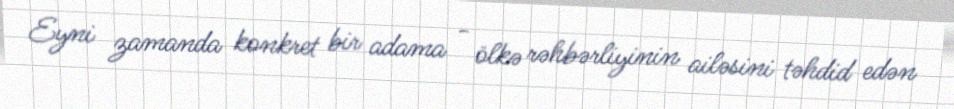
Eyni zamanda konkret bir adama - ölkə rəhbərliyinin ailəsini təhdid edən